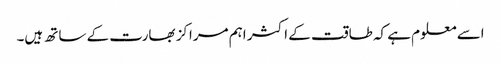
اسے معلوم ہے کہ طاقت کے اکثر اہم مراکز بھارت کے ساتھ ہیں۔